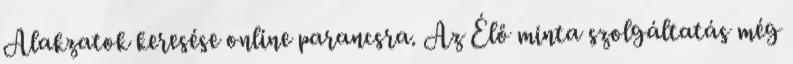
Alakzatok keresése online parancsra. Az Élő minta szolgáltatás még